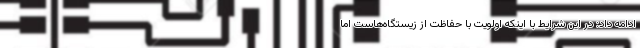
ادامه داد: در این شرایط با اینکه اولویت با حفاظت از زیستگاه‌هاست اما